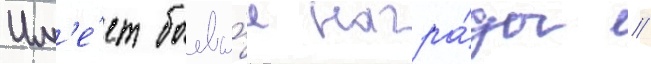
Им'е́ет боевы́е награ́ды //